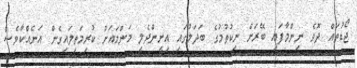
ޖޯޑުތައް ދޮވެ ނިންމާފައި ބޭރަށް ނިކުތުމުގެ ބަދަލުގައި އިށީންދެލީ މަންމައަށް ކުރިމަތިލައިގެން އަނެއްކާވެސް